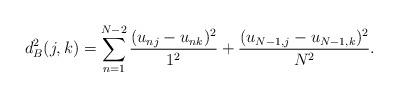
LaTeX: \begin{align*}d^2_B(j,k)=\sum^{N-2}_{n=1}\frac{(u_{nj}-u_{nk})^2}{1^2}+\frac{(u_{N-1,j}-u_{N-1,k})^2}{N^2}.\end{align*}